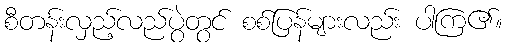
စီတန်းလှည့်လည်ပွဲတွင် စစ်ပြန်များလည်း ပါကြ၏။